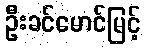
ဦးခင်မောင်မြင့်